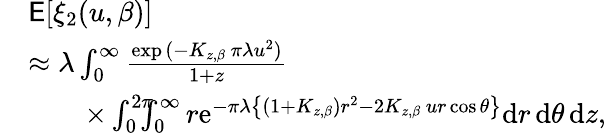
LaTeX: \begin{array}{rl}&{\mathsf{E}[\xi_{2}(u,\beta)]}\\ &{\approx\lambda\int_{0}^{\infty}\frac{\exp{(-K_{z,\beta}\, \pi\lambda u^{2})}}{1+z}}\\ &{\qquad\mathrm\times\int_{0}^{2\pi}\! \! \! \! \int_{0}^{\infty}r\mathrm{e}^{-\pi\lambda\big\{ (1+K_{z,\beta})r^{2}-2K_{z,\beta}\, ur\cos\theta\big\} }\mathrm{d}r\, \mathrm{d}\theta\, \mathrm{d}z,}\end{array}